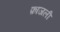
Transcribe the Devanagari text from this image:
फ़ाजली